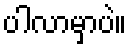
ပါလာမှာပဲ။